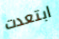
ابتعدت